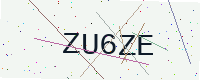
Text: ZU6ZE